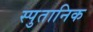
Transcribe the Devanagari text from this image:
स्पुतानिक